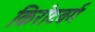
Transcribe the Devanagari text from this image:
किरोटवर्ग